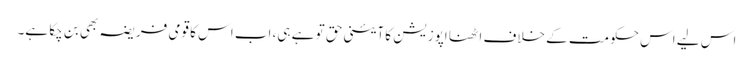
اس لیے اس حکومت کے خلاف اٹھنا اپوزیشن کا آئینی حق تو ہے ہی، اب اس کا قومی فریضہ بھی بن چکا ہے۔